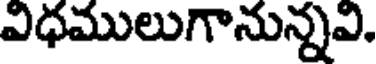
విధములుగానున్నవి.